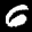
Label: 6